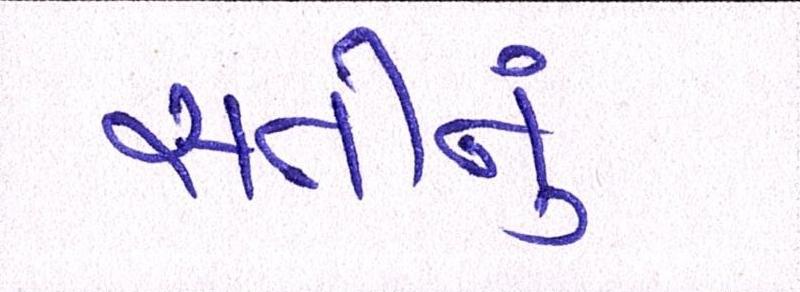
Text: સતીનું